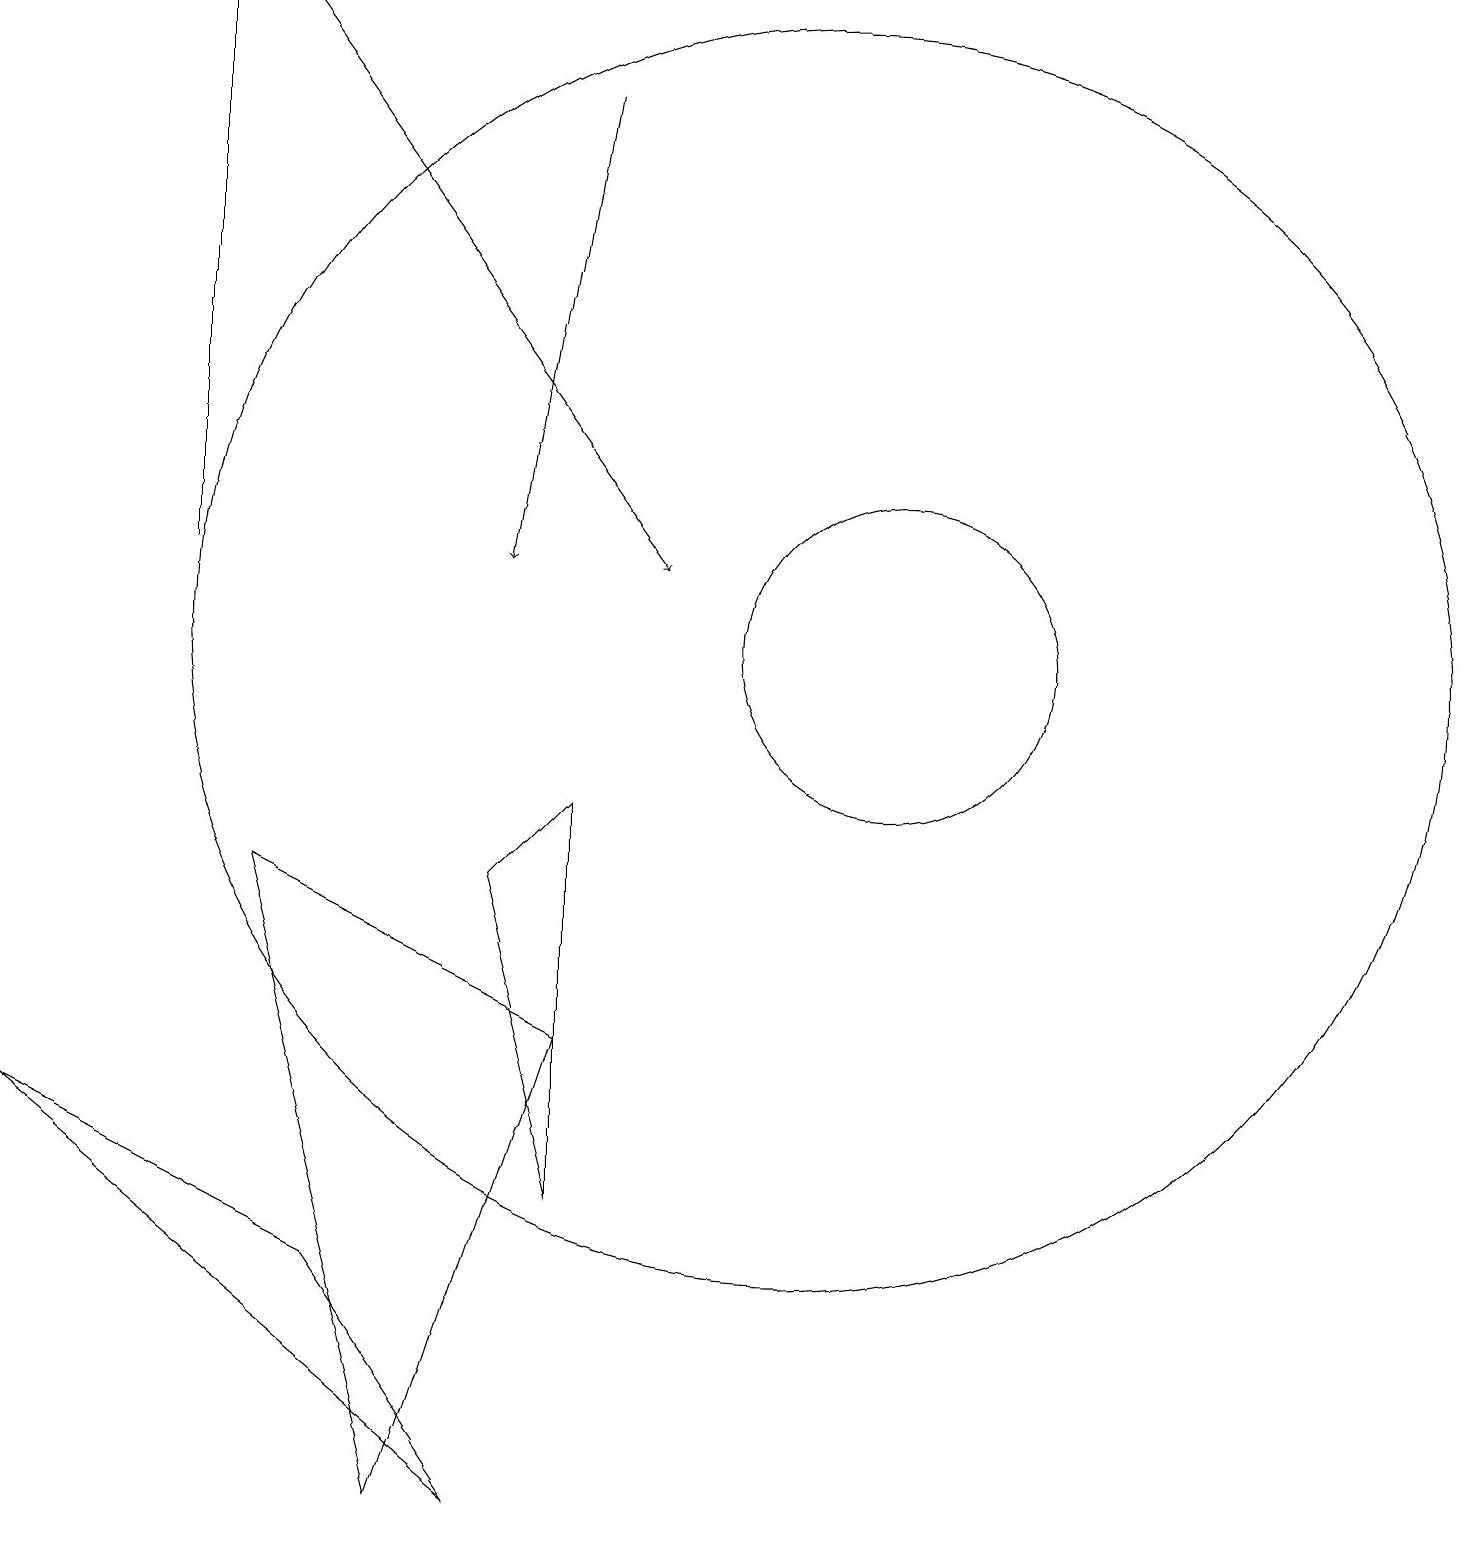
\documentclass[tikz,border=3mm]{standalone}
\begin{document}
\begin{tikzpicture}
\draw (11,11) circle (2);
\draw (7,4) -- (7,9) -- (6,8) -- cycle;
\draw (10,11) circle (8);
\draw[->] (3,19) -- (8,12);
\draw[->] (7,18) -- (6,12);
\draw (2,19) rectangle (2,12);
\draw (3,8) -- (7,6) -- (5,0) -- cycle;
\draw (6,0) -- (4,3) -- (0,5) -- cycle;
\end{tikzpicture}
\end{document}